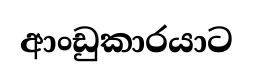
ආංඩුකාරයාට